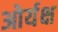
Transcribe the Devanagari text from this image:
ओर्यक्ष